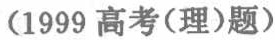
（1999 高考(理)题）